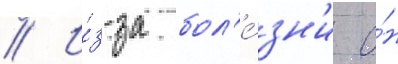
// И́з-за бол'е́зн'и о́н